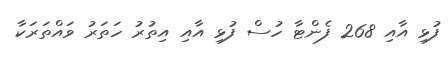
ފުޅި އާއި 268 ފެންޓާ ހުސް ފުޅި އާއި އިތުރު ހަތަރު ވައްތަރަކާ